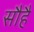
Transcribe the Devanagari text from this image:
सौहै